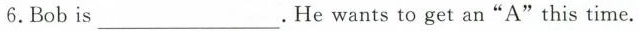
6.Bobis__________.He wantstoget an"A"this time.